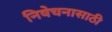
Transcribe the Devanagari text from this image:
निषेचनासाठी